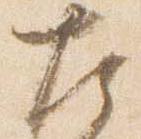
左